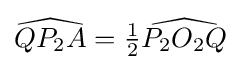
{\widehat {QP_{2}A}}={\tfrac {1}{2}}{\widehat {P_{2}O_{2}Q}}